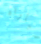
مباراه